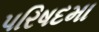
પરિષદમા